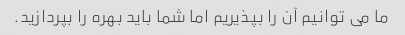
ما می توانیم آن را بپذیریم اما شما باید بهره را بپردازید.